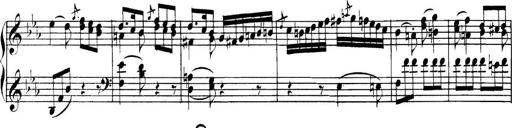
Title: Collected Piano Sonatas
Composer: Muzio Clementi